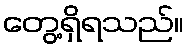
တွေ့ရှိရသည်။